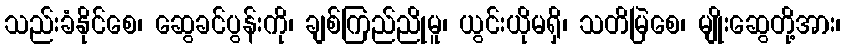
သည်းခံနိုင်စေ၊ ဆွေခင်ပွန်းကို၊ ချစ်ကြည်ညိုမူ၊ ယွင်းယိုမရှိ၊ သတိမြဲစေ၊ မျိုးဆွေတို့အား၊